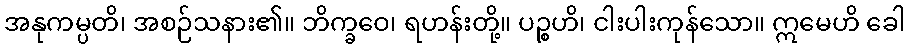
အနုကမ္ပတိ၊ အစဉ်သနား၏။ ဘိက္ခဝေ၊ ရဟန်းတို့။ ပဉ္စဟိ၊ ငါးပါးကုန်သော။ ဣမေဟိ ခေါ